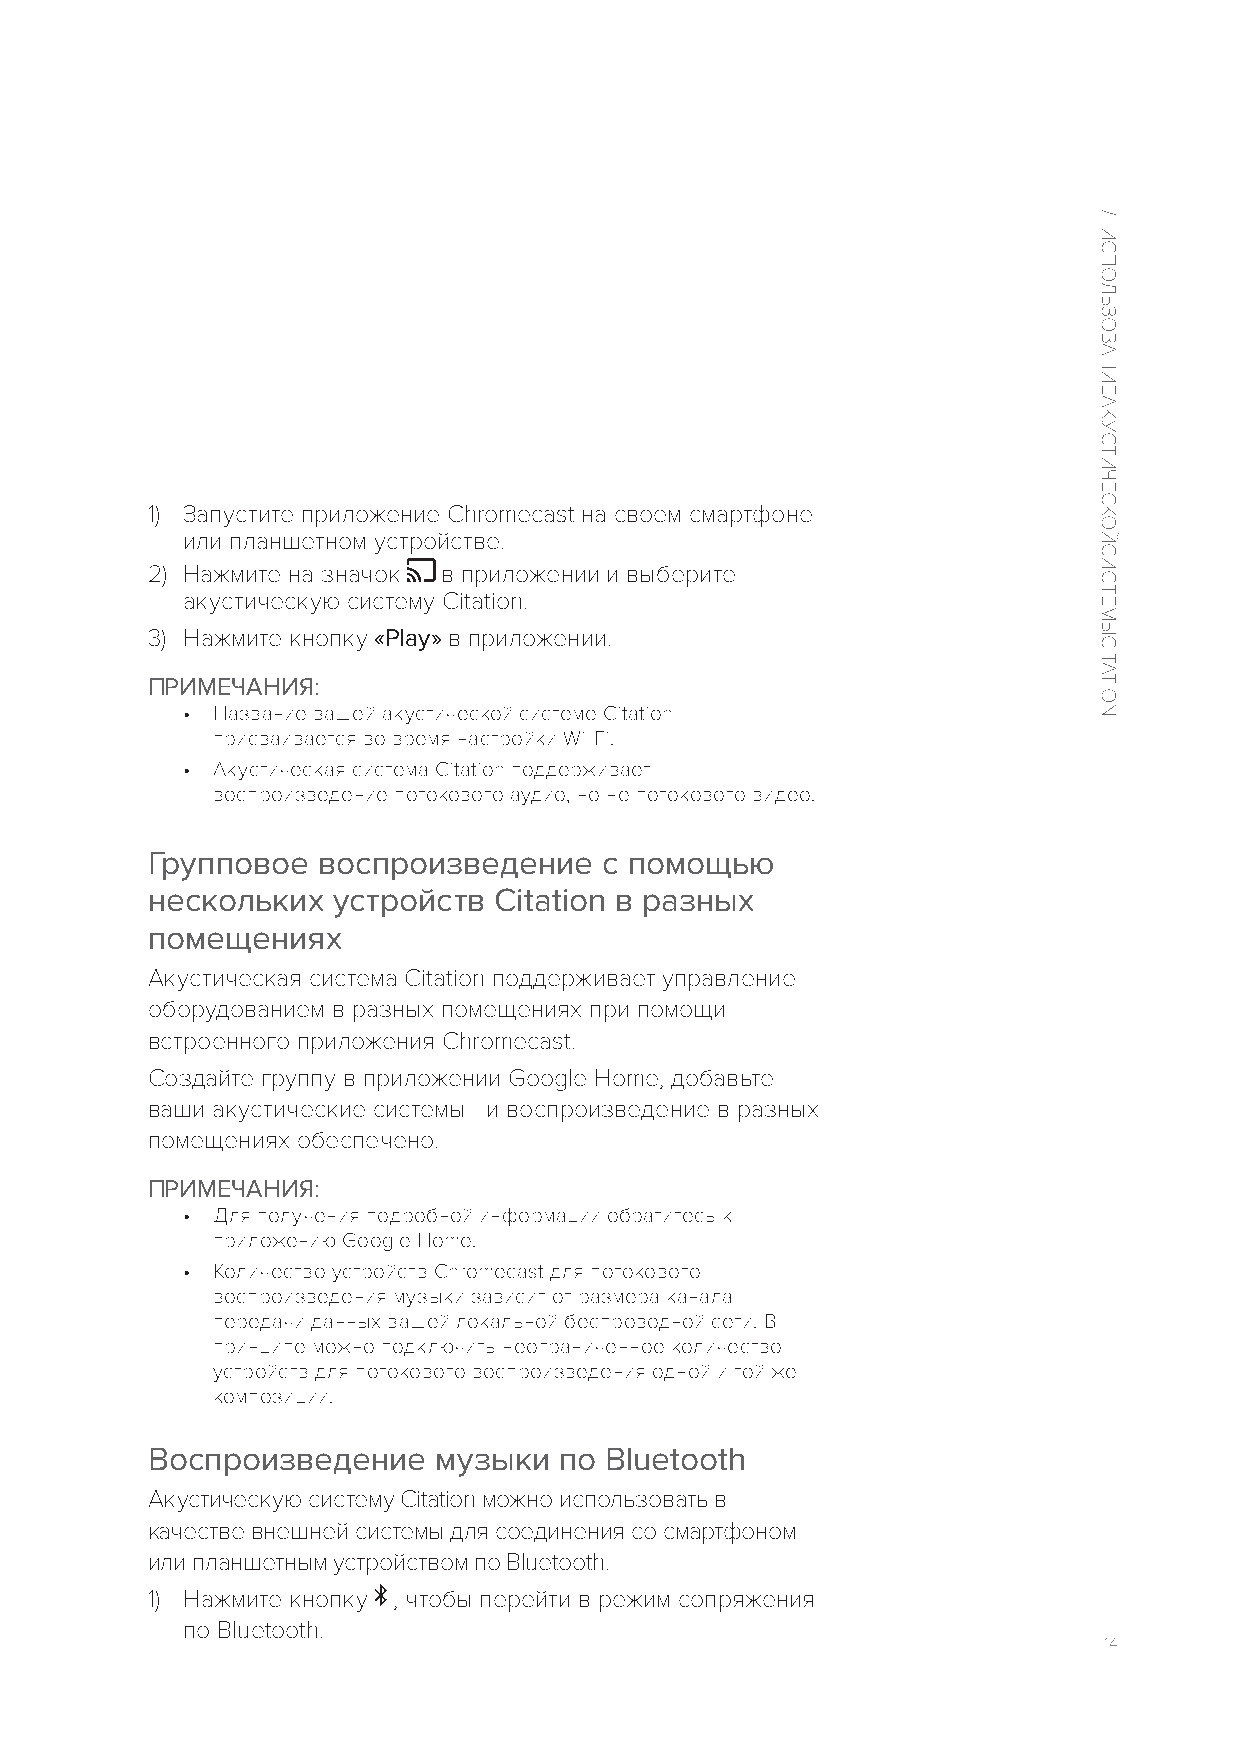
1) Запустите приложение Chromecast на своем смартфоне
 или планшетном устройстве.
 2) Нажмите на значок в приложении и выберите
 акустическую систему Citation.
 3) Нажмите кнопку «Play» в приложении.
 ПРИМЕЧАНИЯ:
 • Название вашей акустической системе Citation
 присваивается во время настройки Wi-Fi.
 • Акустическая система Citation поддерживает
 воспроизведение потокового аудио, но не потокового видео.
 Групповое  воспроизведение    с помощью
 нескольких  устройств  Citation в разных
 помещениях
 Акустическая система Citation поддерживает управление
 оборудованием в разных помещениях при помощи
 встроенного приложения Chromecast.
 Создайте группу в приложении Google Home, добавьте
 ваши акустические системы - и воспроизведение в разных
 помещениях обеспечено.
 ПРИМЕЧАНИЯ:
 • Для получения подробной информации обратитесь к
 приложению Google Home.
 • Количество устройств Chromecast для потокового
 воспроизведения музыки зависит от размера канала
 передачи данных вашей локальной беспроводной сети. В
 принципе можно подключить неограниченное количество
 устройств для потокового воспроизведения одной и той же
 композиции.
 Воспроизведение    музыки  по Bluetooth
 Акустическую систему Citation можно использовать в
 качестве внешней системы для соединения со смартфоном
 или планшетным устройством по Bluetooth.
 1) Нажмите кнопку , чтобы перейти в режим сопряжения
 по Bluetooth.
 14
 /
 ИСПОЛЬЗОВАНИЕ
 АКУСТИЧЕСКОЙ
 СИСТЕМЫ
 CITATION